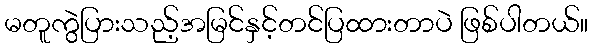
မတူကွဲပြားသည့်အမြင်နှင့်တင်ပြထားတာပဲ ဖြစ်ပါတယ်။